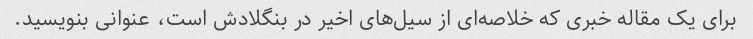
برای یک مقاله خبری که خلاصه‌ای از سیل‌های اخیر در بنگلادش است، عنوانی بنویسید.